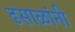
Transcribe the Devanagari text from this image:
ढसाळांनी